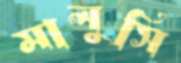
মালুসি